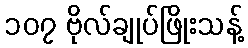
၁၀၇ ဗိုလ်ချုပ်ဖြိုးသန့်